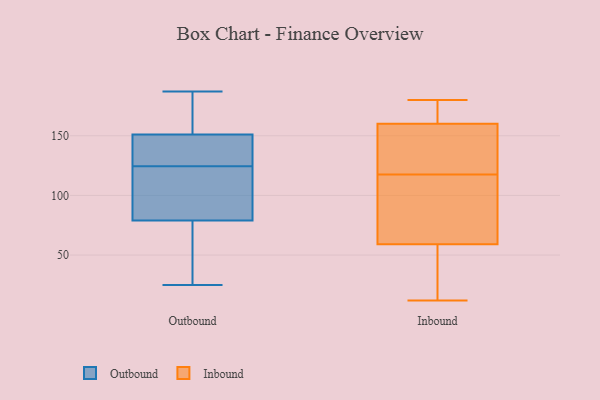
{"axis": {"x": "Website Visitors", "y": "Value"}, "legend": ["Inbound", "Outbound"], "data": [{"x": "", "y": 25, "type": "Outbound"}, {"x": "", "y": 106, "type": "Outbound"}, {"x": "", "y": 152, "type": "Outbound"}, {"x": "", "y": 124, "type": "Outbound"}, {"x": "", "y": 156, "type": "Outbound"}, {"x": "", "y": 151, "type": "Outbound"}, {"x": "", "y": 55, "type": "Outbound"}, {"x": "", "y": 143, "type": "Outbound"}, {"x": "", "y": 125, "type": "Outbound"}, {"x": "", "y": 37, "type": "Outbound"}, {"x": "", "y": 111, "type": "Outbound"}, {"x": "", "y": 128, "type": "Outbound"}, {"x": "", "y": 134, "type": "Outbound"}, {"x": "", "y": 79, "type": "Outbound"}, {"x": "", "y": 110, "type": "Outbound"}, {"x": "", "y": 73, "type": "Outbound"}, {"x": "", "y": 185, "type": "Outbound"}, {"x": "", "y": 187, "type": "Outbound"}, {"x": "", "y": 133, "type": "Inbound"}, {"x": "", "y": 116, "type": "Inbound"}, {"x": "", "y": 148, "type": "Inbound"}, {"x": "", "y": 77, "type": "Inbound"}, {"x": "", "y": 57, "type": "Inbound"}, {"x": "", "y": 119, "type": "Inbound"}, {"x": "", "y": 180, "type": "Inbound"}, {"x": "", "y": 83, "type": "Inbound"}, {"x": "", "y": 179, "type": "Inbound"}, {"x": "", "y": 48, "type": "Inbound"}, {"x": "", "y": 172, "type": "Inbound"}, {"x": "", "y": 176, "type": "Inbound"}, {"x": "", "y": 122, "type": "Inbound"}, {"x": "", "y": 61, "type": "Inbound"}, {"x": "", "y": 53, "type": "Inbound"}, {"x": "", "y": 12, "type": "Inbound"}]}